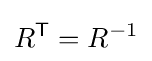
R^{\mathsf {T}}=R^{-1}